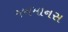
જનમાનસ